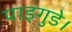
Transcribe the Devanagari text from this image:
पाइगुडे।